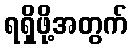
ရရှိဖို့အတွက်